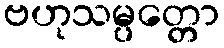
ဗဟုသမ္ပတ္တော